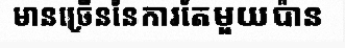
មានច្រើននៃការតែមួយប៉ាន